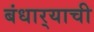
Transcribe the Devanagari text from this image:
बंधार्‍याची